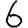
Digit: 6